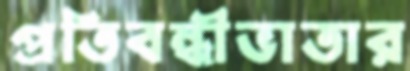
প্রতিবন্ধীভাতার